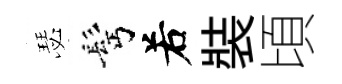
瑟髩𠰥裝頃